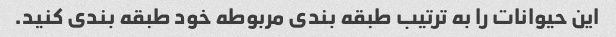
این حیوانات را به ترتیب طبقه بندی مربوطه خود طبقه بندی کنید.